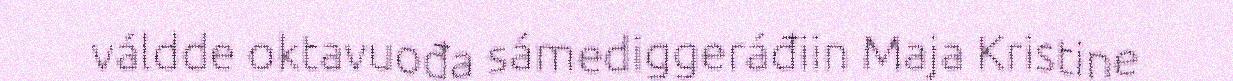
váldde oktavuođa sámediggeráđiin Maja Kristine